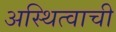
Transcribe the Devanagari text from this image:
अस्थित्वाची